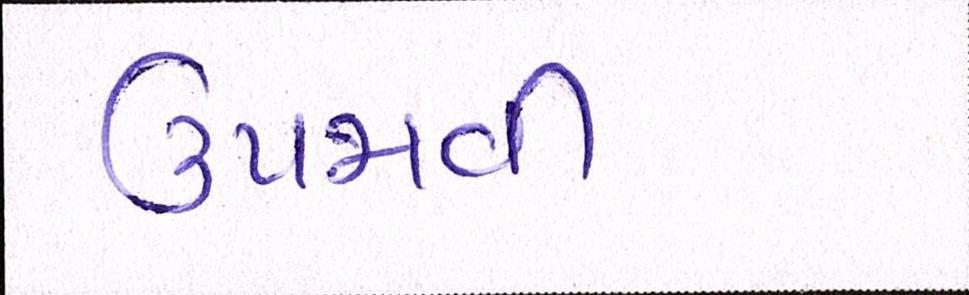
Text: ઉપજાવી